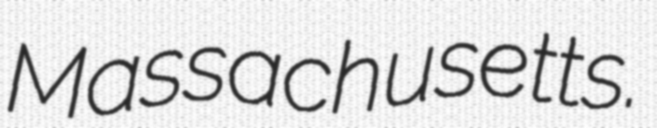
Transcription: Massachusetts.